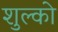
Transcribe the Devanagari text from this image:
शुल्को